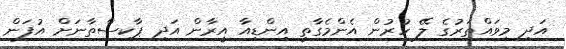
އަދި މިވައްތަރުގެ ލޭ ހުރުން އެންމެގާތީ އިންޑިއާ އީރާން އަދި ޕާކިސްތާނަށް އުފަން